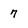
Character: 7